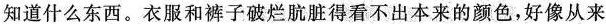
个能吞吃人的怪兽，只是缩着脖子弓着腰蹲着，蹲着，嘴里念念叨叨地